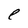
Character: e